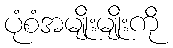
ပုံစံအမျိုးမျိုးကို